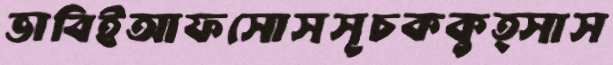
ভাবিইআফসোসসূচককুত্সাস